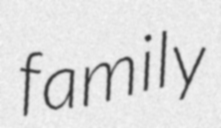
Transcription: family